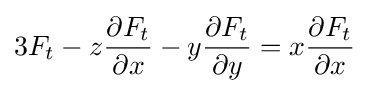
3F_{t}-z{\frac {\partial F_{t}}{\partial x}}-y{\frac {\partial F_{t}}{\partial y}}=x{\frac {\partial F_{t}}{\partial x}}